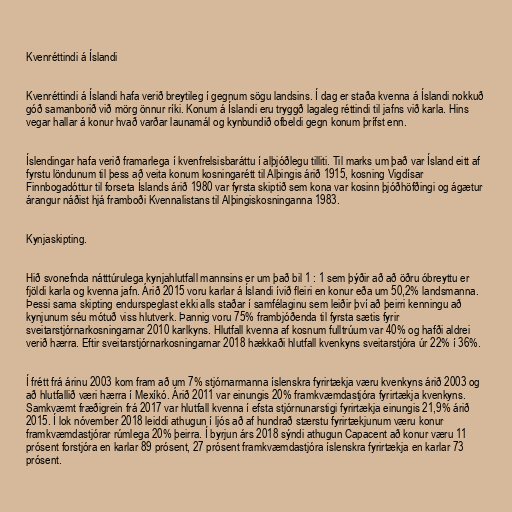
Kvenréttindi á Íslandi

Kvenréttindi á Íslandi hafa verið breytileg í gegnum sögu landsins. Í dag er staða kvenna á Íslandi nokkuð
góð samanborið við mörg önnur ríki. Konum á Íslandi eru tryggð lagaleg réttindi til jafns við karla. Hins
vegar hallar á konur hvað varðar launamál og kynbundið ofbeldi gegn konum þrífst enn.

Íslendingar hafa verið framarlega í kvenfrelsisbaráttu í alþjóðlegu tilliti. Til marks um það var Ísland eitt af
fyrstu löndunum til þess að veita konum kosningarétt til Alþingis árið 1915, kosning Vigdísar
Finnbogadóttur til forseta Íslands árið 1980 var fyrsta skiptið sem kona var kosinn þjóðhöfðingi og ágætur
árangur náðist hjá framboði Kvennalistans til Alþingiskosninganna 1983.

Kynjaskipting.

Hið svonefnda nátttúrulega kynjahlutfall mannsins er um það bil 1 : 1 sem þýðir að að öðru óbreyttu er
fjöldi karla og kvenna jafn. Árið 2015 voru karlar á Íslandi ívið fleiri en konur eða um 50,2% landsmanna.
Þessi sama skipting endurspeglast ekki alls staðar í samfélaginu sem leiðir því að þeirri kenningu að
kynjunum séu mótuð viss hlutverk. Þannig voru 75% frambjóðenda til fyrsta sætis fyrir
sveitarstjórnarkosningarnar 2010 karlkyns. Hlutfall kvenna af kosnum fulltrúum var 40% og hafði aldrei
verið hærra. Eftir sveitarstjórnarkosningarnar 2018 hækkaði hlutfall kvenkyns sveitarstjóra úr 22% í 36%.

Í frétt frá árinu 2003 kom fram að um 7% stjórnarmanna íslenskra fyrirtækja væru kvenkyns árið 2003 og
að hlutfallið væri hærra í Mexíkó. Árið 2011 var einungis 20% framkvæmdastjóra fyrirtækja kvenkyns.
Samkvæmt fræðigrein frá 2017 var hlut­fall kvenna í efsta stjórn­un­ar­stigi fyr­ir­tækja ein­ungis 21,9% árið
2015. Í lok nóvember 2018 leiddi athugun í ljós að af hundrað stærstu fyrirtækjunum væru konur
framkvæmdastjórar rúmlega 20% þeirra. Í byrjun árs 2018 sýndi athugun Capacent að konur væru 11
prósent forstjóra en karlar 89 prósent, 27 prósent framkvæmdastjóra íslenskra fyrirtækja en karlar 73
prósent.